Lunatic asylums Central Provinces reports 1895-1909 - 1895-1909
Year: 1895
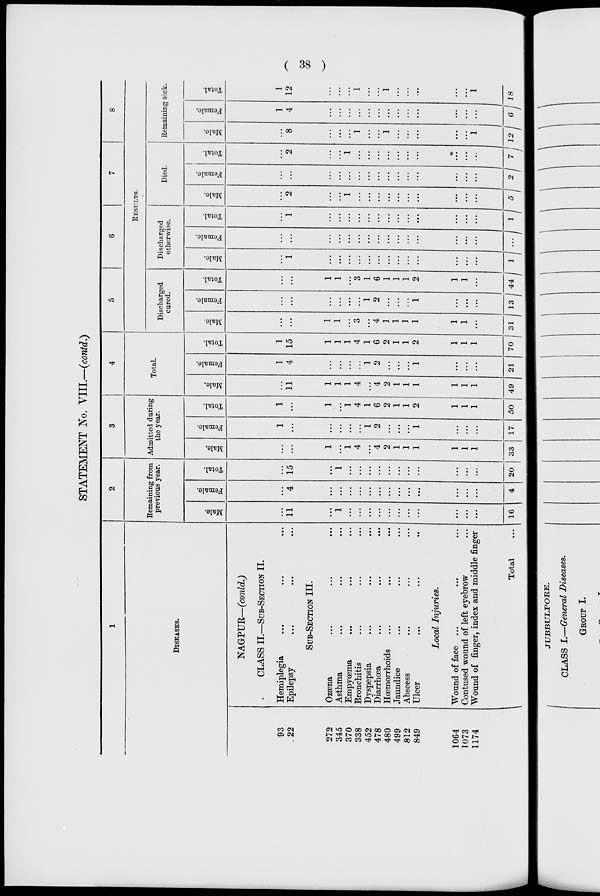
( 38 )
STATEMENT No. VIII.—(contd.)
1
DISEASES.
93
22
272
345
370
338
452
478
480
499
812
849
1064
1073
1174
NAGPUR— (conld.)
CLASS II.—SUB-SECTION II.
Hemiplegia ... ... ...
Epilepsy ... ... ...
SUB-SECTION III.
Ozæna ... ... ...
Asthma ... ... ...
Empyœma
... ... ...
Bronchitis ... ... ...
Dyspepsia ... ... ...
Diarrhœa
...
...
...
Hœmorrhoids ... ... ...
Jaundice ... ... ...
Abscess ... ... ...
Ulcer ... ... ...
Local Injuries.
Wound of face ... ... ...
Contused wound of left eyebrow ...
Wound of finger, index and middle finger
Total ...
2
Remaining from
previous year.
Male.
...
11
...
1
...
...
...
...
...
...
...
...
...
...
...
16
Female.
...
4
...
...
...
...
...
...
...
...
...
...
...
...
...
4
Total.
...
15
...
1
...
...
...
...
...
...
...
...
...
...
...
20
3
Admitted during
the year.
Male.
...
...
1
...
1
4
...
4
2
1
1
1
1
1
1
33
Female.
1
...
...
...
...
...
1
2
...
...
...
1
...
...
...
17
Total.
1
...
1
...
1
4
1
6
2
1
1
2
1
1
1
50
4
Total.
Male.
...
11
1
1
1
4
...
4
2
1
1
1
1
1
1
49
Female.
1
4
...
...
...
...
1
2
...
...
...
1
...
...
...
21
Total.
1
15
1
1
1
4
1
6
2
1
1
2
1
1
1
70
5
6
7
8
RESULTS.
Discharged
cured.
Male.
...
...
1
1
...
3
...
4
1
1
1
1
1
1
...
31
Female.
...
...
...
...
...
...
1
2
...
...
...
1
...
...
...
13
Total.
...
...
1
1
...
3
1
6
1
1
1
2
1
1
...
44
Discharged
otherwise.
Male.
...
1
...
...
...
...
...
...
...
...
...
...
...
...
...
1
Female.
...
...
...
...
...
...
...
...
...
...
...
...
...
...
...
...
Total.
...
1
...
...
...
...
...
...
...
...
...
...
...
...
...
1
Died.
Male.
...
2
...
...
1
...
...
...
...
...
...
...
...
...
...
5
Female.
...
...
...
...
...
...
...
...
...
...
...
...
...
...
...
2
Total.
...
2
...
...
1
...
...
...
...
...
...
...
...
...
...
7
Remaining sick.
Male.
...
8
...
...
...
1
...
...
1
...
...
...
...
...
1
12
Female.
1
4
...
...
...
...
...
...
...
...
...
...
...
...
...
6
Total.
1
12
...
...
...
1
...
...
1
...
...
...
...
...
1
18